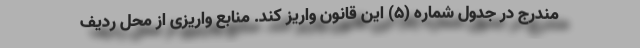
مندرج در جدول شماره (۵) این قانون واریز کند. منابع واریزی از محل ردیف